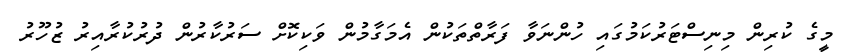
މީގެ ކުރިން މިނިސްޓަރުކަމުގައި ހުންނަވާ ފަރާތްތަކުން އެމަގާމުން ވަކިކޮށް ސަރުކާރުން ދުރުކުރާއިރު ޒުހޫރު